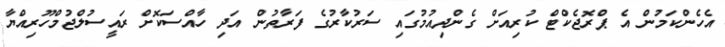
އެހެންކަމުން އެ ޕްރޮޖެކްޓް ކުރިއަށް ގެންދިއުމުގައި ސަރުކާރުގެ ފަރާތުން އަދި ހާއްސަކޮށް ރައީސުލްޖުމްހޫރިއްޔާ